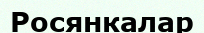
Росянкалар